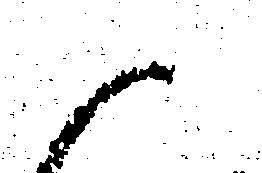
御